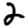
Digit: 2